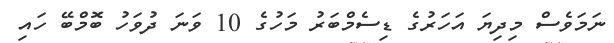
ނަމަވެސް މިދިޔަ އަހަރުގެ ޑިސެމްބަރު މަހުގެ 10 ވަނަ ދުވަހު ބޮމްބޭ ހައި